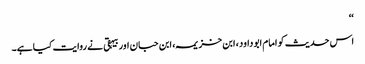
‘‘
اس حدیث کو امام ابو داود، ابن خزیمہ، ابن حبان اور بیہقی نے روایت کیا ہے۔